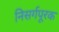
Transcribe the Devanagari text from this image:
निसर्गपूरक